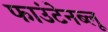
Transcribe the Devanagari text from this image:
फाउंटेनब्‍लू